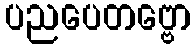
ပညပေတဗ္ဗော